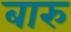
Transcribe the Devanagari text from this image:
बारु